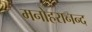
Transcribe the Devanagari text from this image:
मनोहरानन्द